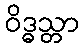
ဝိဒ္ဓသ္တာ